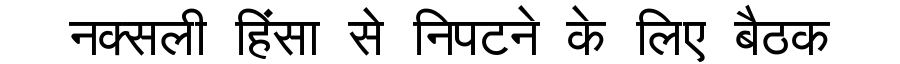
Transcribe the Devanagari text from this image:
नक्सली हिंसा से निपटने के लिए बैठक